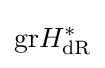
\mathrm {gr} H_{\mathrm {dR} }^{\ast }